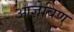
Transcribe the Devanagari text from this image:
आज्ञेविण